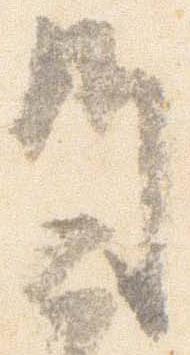
師